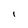
Character: l